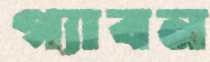
গ্যাবন